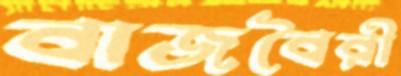
বাজবৈরী